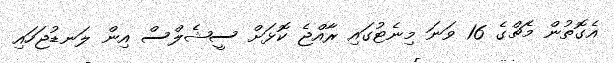
އެގޮތުން މެޗްގެ 16 ވަނަ މިނެޓުގައި ރާއްޖެ ކޮޅަށް ސީޝެލްސް އިން ލަނޑުޖަހައި